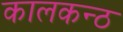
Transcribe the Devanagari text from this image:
कालकन्ठ